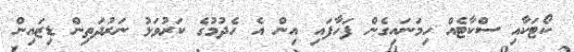
ކޯޓަކާއި ސްކާޓެއް ހިމަނައިގެން ފަހާފައި އިން އެ ހެދުމުގެ ކަރުވަޅު ނަރުދަތިން ޑިޒައިން